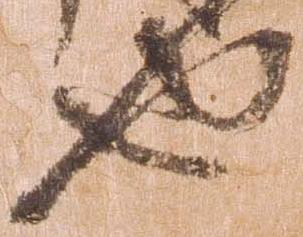
也